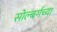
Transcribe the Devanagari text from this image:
सोल्बर्गच्या